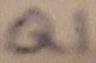
Text: Q1